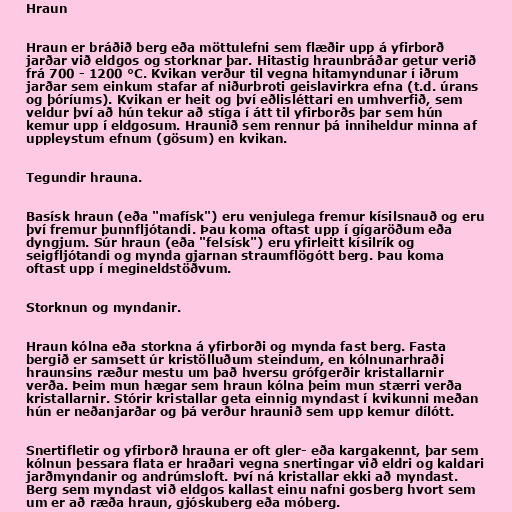
Hraun

Hraun er bráðið berg eða möttulefni sem flæðir upp á yfirborð
jarðar við eldgos og storknar þar. Hitastig hraunbráðar getur verið
frá 700 - 1200 °C. Kvikan verður til vegna hitamyndunar í iðrum
jarðar sem einkum stafar af niðurbroti geislavirkra efna (t.d. úrans
og þóríums). Kvikan er heit og því eðlisléttari en umhverfið, sem
veldur því að hún tekur að stíga í átt til yfirborðs þar sem hún
kemur upp í eldgosum. Hraunið sem rennur þá inniheldur minna af
uppleystum efnum (gösum) en kvikan.

Tegundir hrauna.

Basísk hraun (eða "mafísk") eru venjulega fremur kísilsnauð og eru
því fremur þunnfljótandi. Þau koma oftast upp í gígaröðum eða
dyngjum. Súr hraun (eða "felsísk") eru yfirleitt kísilrík og
seigfljótandi og mynda gjarnan straumflögótt berg. Þau koma
oftast upp í megineldstöðvum.

Storknun og myndanir.

Hraun kólna eða storkna á yfirborði og mynda fast berg. Fasta
bergið er samsett úr kristölluðum steindum, en kólnunarhraði
hraunsins ræður mestu um það hversu grófgerðir kristallarnir
verða. Þeim mun hægar sem hraun kólna þeim mun stærri verða
kristallarnir. Stórir kristallar geta einnig myndast í kvikunni meðan
hún er neðanjarðar og þá verður hraunið sem upp kemur dílótt.

Snertifletir og yfirborð hrauna er oft gler- eða kargakennt, þar sem
kólnun þessara flata er hraðari vegna snertingar við eldri og kaldari
jarðmyndanir og andrúmsloft. Því ná kristallar ekki að myndast.
Berg sem myndast við eldgos kallast einu nafni gosberg hvort sem
um er að ræða hraun, gjóskuberg eða móberg.